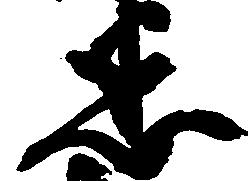
悉